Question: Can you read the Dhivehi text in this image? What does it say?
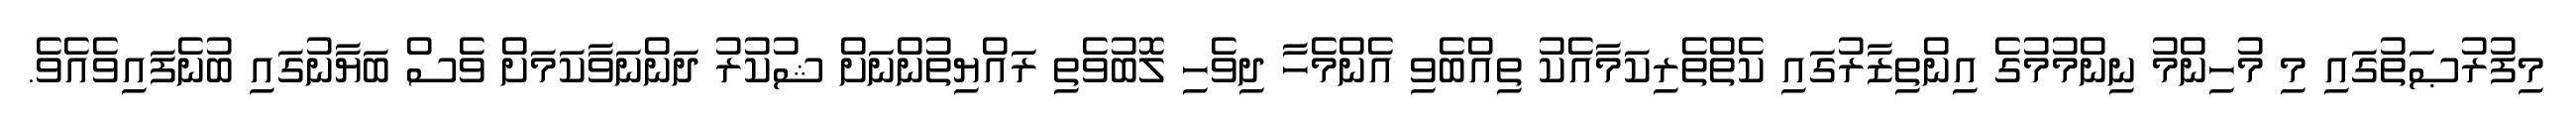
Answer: މިފުރުޞަތުގައި މި މުހިންމު ނިންމުމުގެ އިންތިޒާރުގައި ކެތްތެރިކަމާއެކު ތިއްބެވި އެންމެހާ ދިވެހި ލޮބުވެތި ރައްޔިތުންނަށް ޝުކުރު ދަންނަވާކަމަށް ވެސް ބަޔާނުގައި ބުނެފައިވެއެވެ.